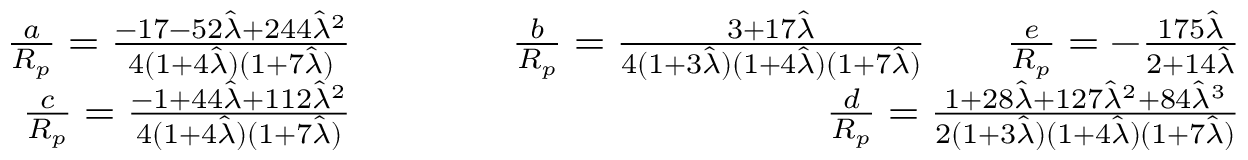
\begin{array} { r l r } { \frac { a } { R _ { p } } = \frac { - 1 7 - 5 2 \hat { \lambda } + 2 4 4 \hat { \lambda } ^ { 2 } } { 4 ( 1 + 4 \hat { \lambda } ) ( 1 + 7 \hat { \lambda } ) } \qquad } & { { } } & { \frac { b } { R _ { p } } = \frac { 3 + 1 7 \hat { \lambda } } { 4 ( 1 + 3 \hat { \lambda } ) ( 1 + 4 \hat { \lambda } ) ( 1 + 7 \hat { \lambda } ) } \qquad \frac { e } { R _ { p } } = - \frac { 1 7 5 \hat { \lambda } } { 2 + 1 4 \hat { \lambda } } } \\ { \frac { c } { R _ { p } } = \frac { - 1 + 4 4 \hat { \lambda } + 1 1 2 \hat { \lambda } ^ { 2 } } { 4 ( 1 + 4 \hat { \lambda } ) ( 1 + 7 \hat { \lambda } ) } \qquad } & { { } } & { \frac { d } { R _ { p } } = \frac { 1 + 2 8 \hat { \lambda } + 1 2 7 \hat { \lambda } ^ { 2 } + 8 4 \hat { \lambda } ^ { 3 } } { 2 ( 1 + 3 \hat { \lambda } ) ( 1 + 4 \hat { \lambda } ) ( 1 + 7 \hat { \lambda } ) } } \end{array}